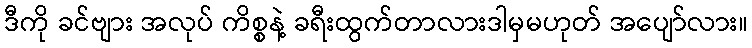
ဒီကို ခင်ဗျား အလုပ် ကိစ္စနဲ့ ခရီးထွက်တာလားဒါမှမဟုတ် အပျော်လား။